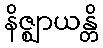
နိဇ္ဈာယန္တိ